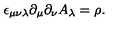
\epsilon _ { \mu \nu \lambda } \partial _ { \mu } \partial _ { \nu } A _ { \lambda } = \rho .